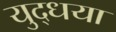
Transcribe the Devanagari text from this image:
युद्धया